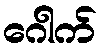
ဂေါက်